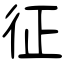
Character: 征